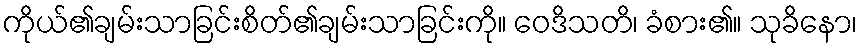
ကိုယ်၏ချမ်းသာခြင်းစိတ်၏ချမ်းသာခြင်းကို။ ဝေဒိသတိ၊ ခံစား၏။ သုခိနော၊